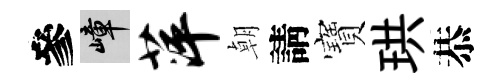
參嶂萍朝請寶珙恭